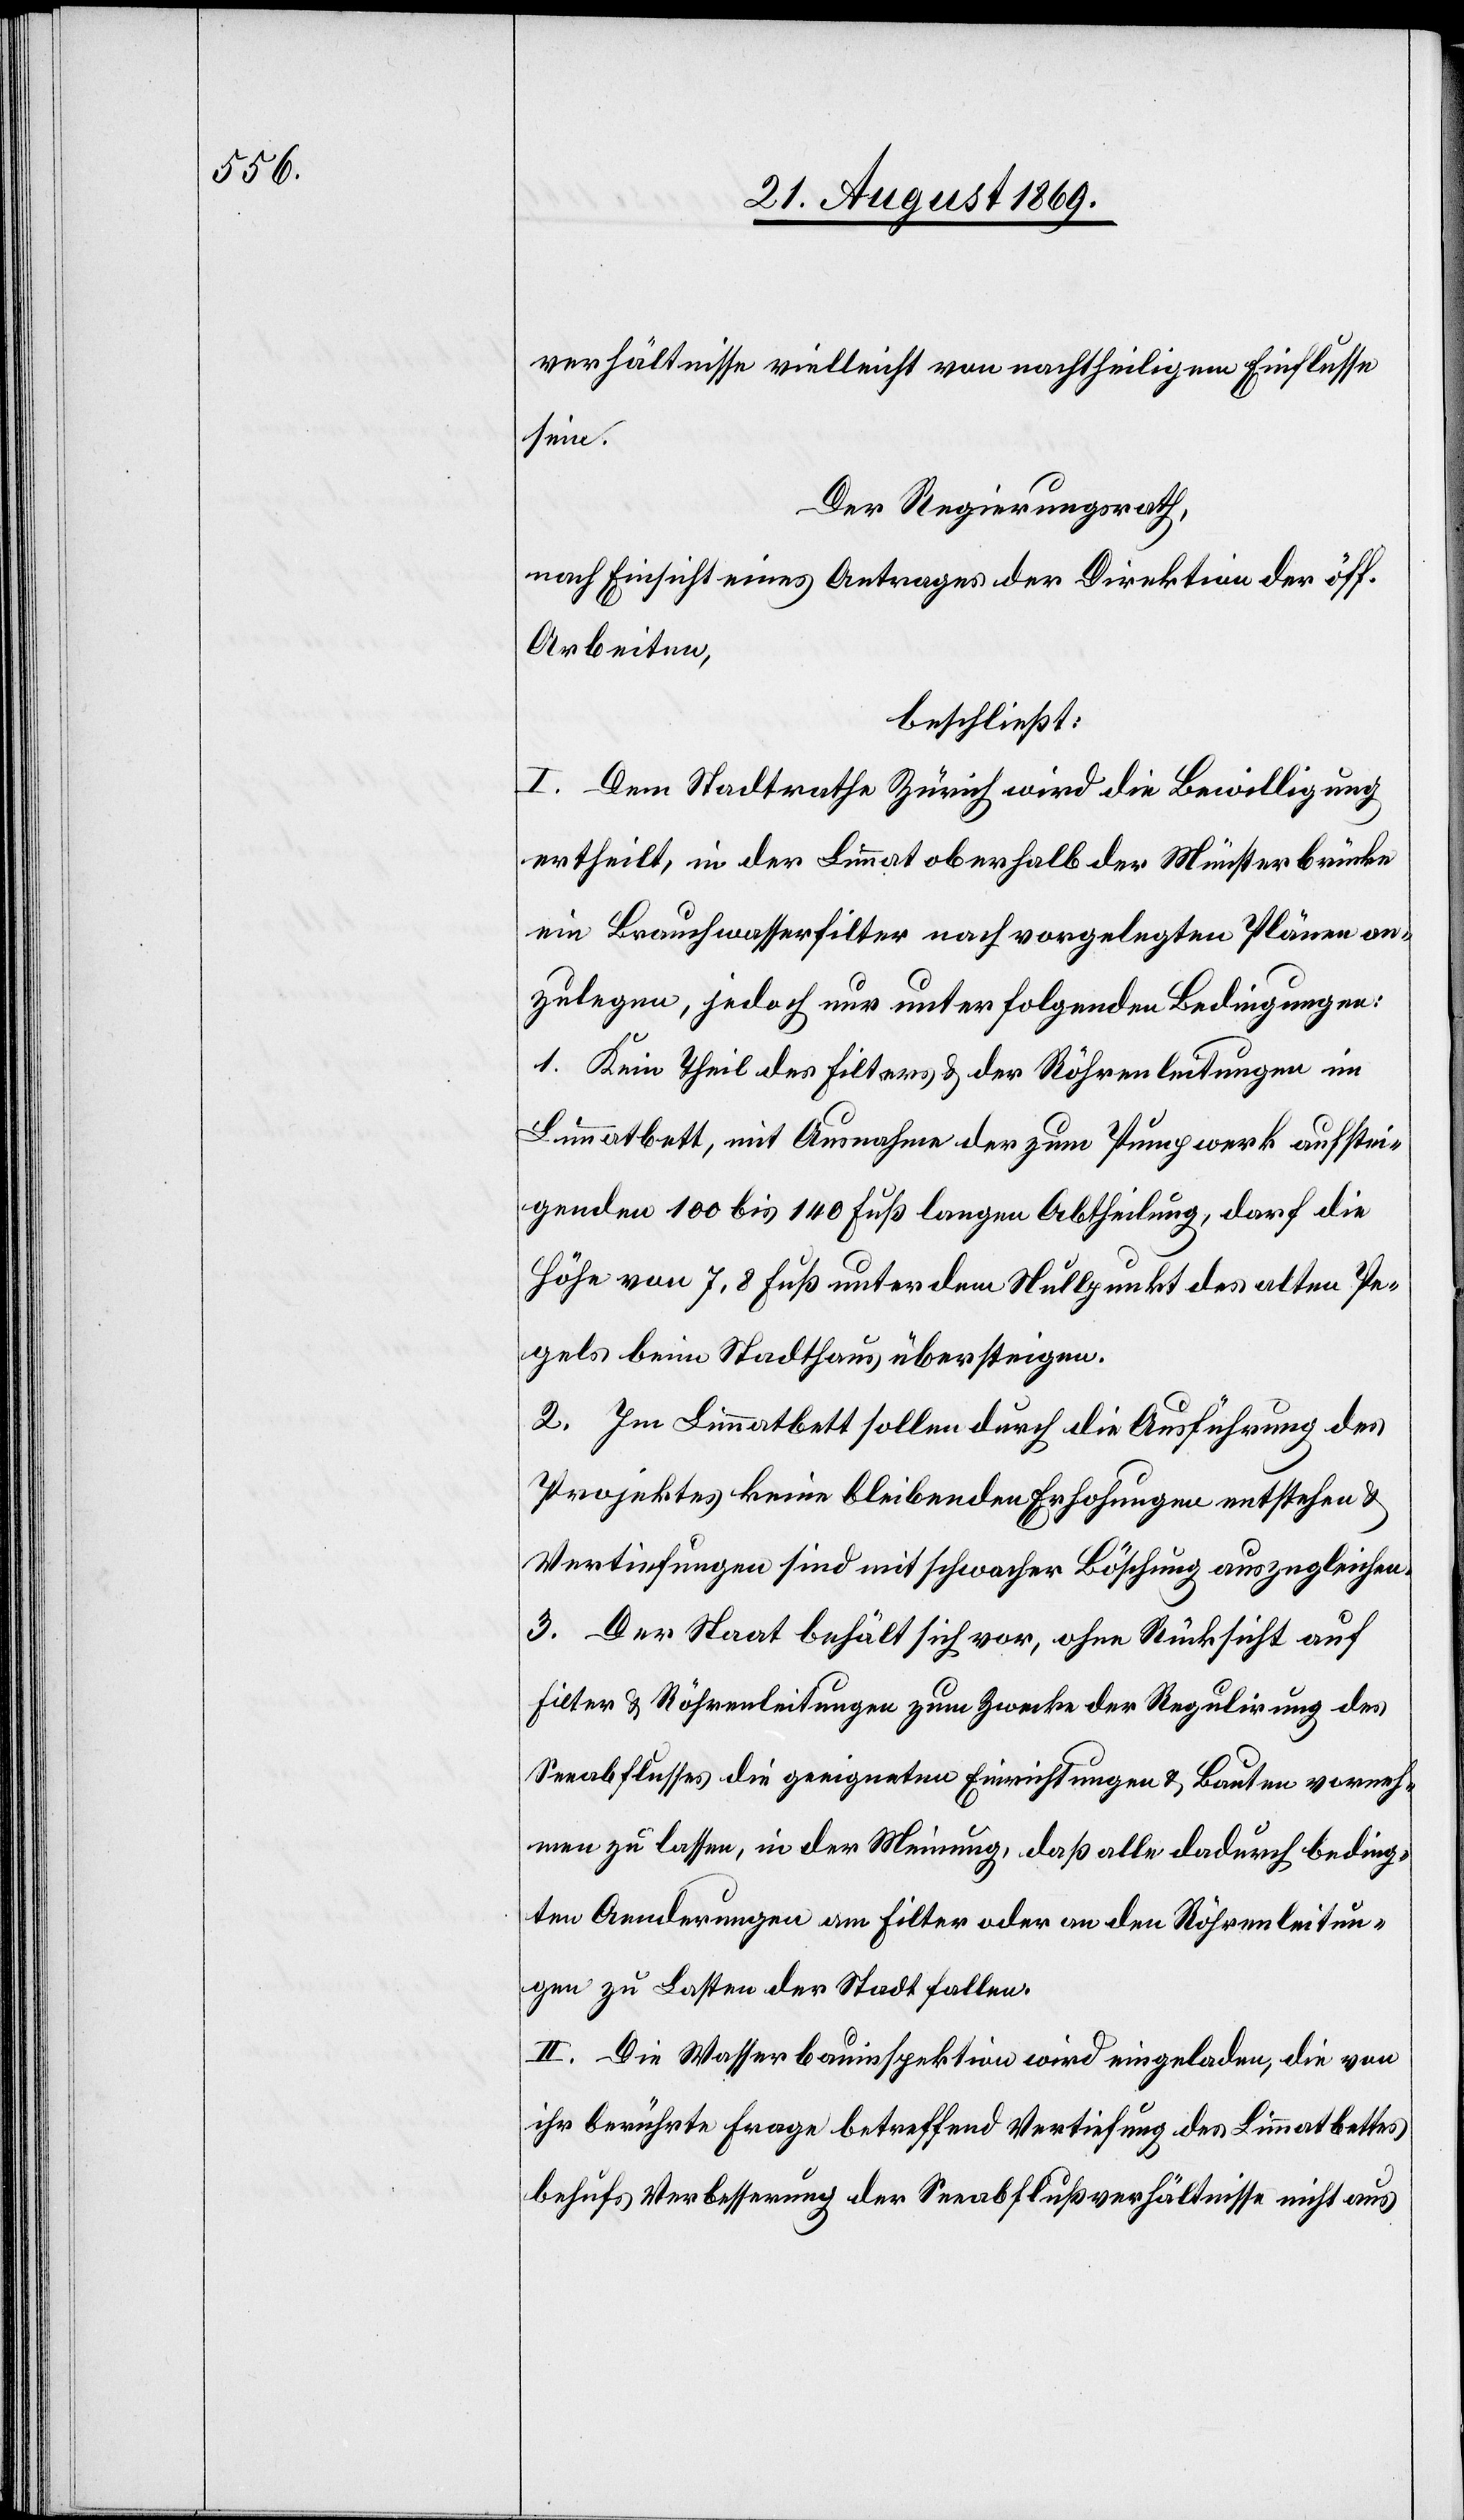
verhältnisse vielleicht von nachtheiligem Einflusse
sein.
Der Regierungsrath,
nach Einsicht eines Antrages der Direktion der öff.
Arbeiten,
beschließt:
I. Dem Stadtrathe Zürich wird die Bewilligung
ertheilt, in der Limmat oberhalb der Münsterbrücke
ein Brauchwasserfilter nach vorgelegten Plänen an¬
zulegen, jedoch nur unter folgenden Bedingungen:
1. Kein Theil des Filters & der Röhrenleitungen im
Limmatbett, mit Ausnahme der zum Pumpwerk aufstei¬
genden 100 bis 140 Fuß langen Abtheilung, darf die
Höhe von 7,8 Fuß unter dem Nullpunkt des alten Pe¬
gels beim Stadthaus übersteigen.
2. Im Limmatbett sollen durch die Ausführung des
Projektes keine bleibenden Erhohungen [sic!] entstehen &
Vertiefungen sind mit schwacher Böschung auszugleichen.
3. Der Staat behält sich vor, ohne Rücksicht auf
Filter & Röhrenleitungen zum Zwecke der Regulirung des
Seeabflusses die geeigneten Einrichtungen & Bauten vorneh¬
men zu lassen, in der Meinung, das alle dadurch beding¬
ten Aenderungen am Filter oder an den Röhrenleitun¬
gen zu Lasten der Stadt fallen.
II. Die Wasserbauinspektion wird eingeladen, die von
ihr berührte Frage betreffend Vertiefung des Limmatbettes
behufs Verbesserung der Seeabflußverhältnisse nicht aus